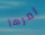
امرها